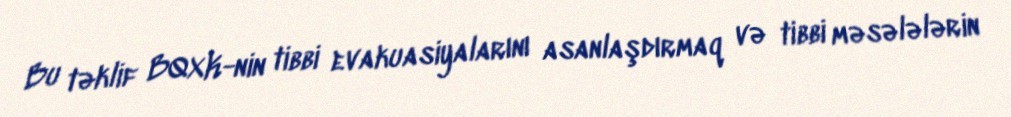
Bu təklif BQXK-nin tibbi evakuasiyalarını asanlaşdırmaq və tibbi məsələlərin